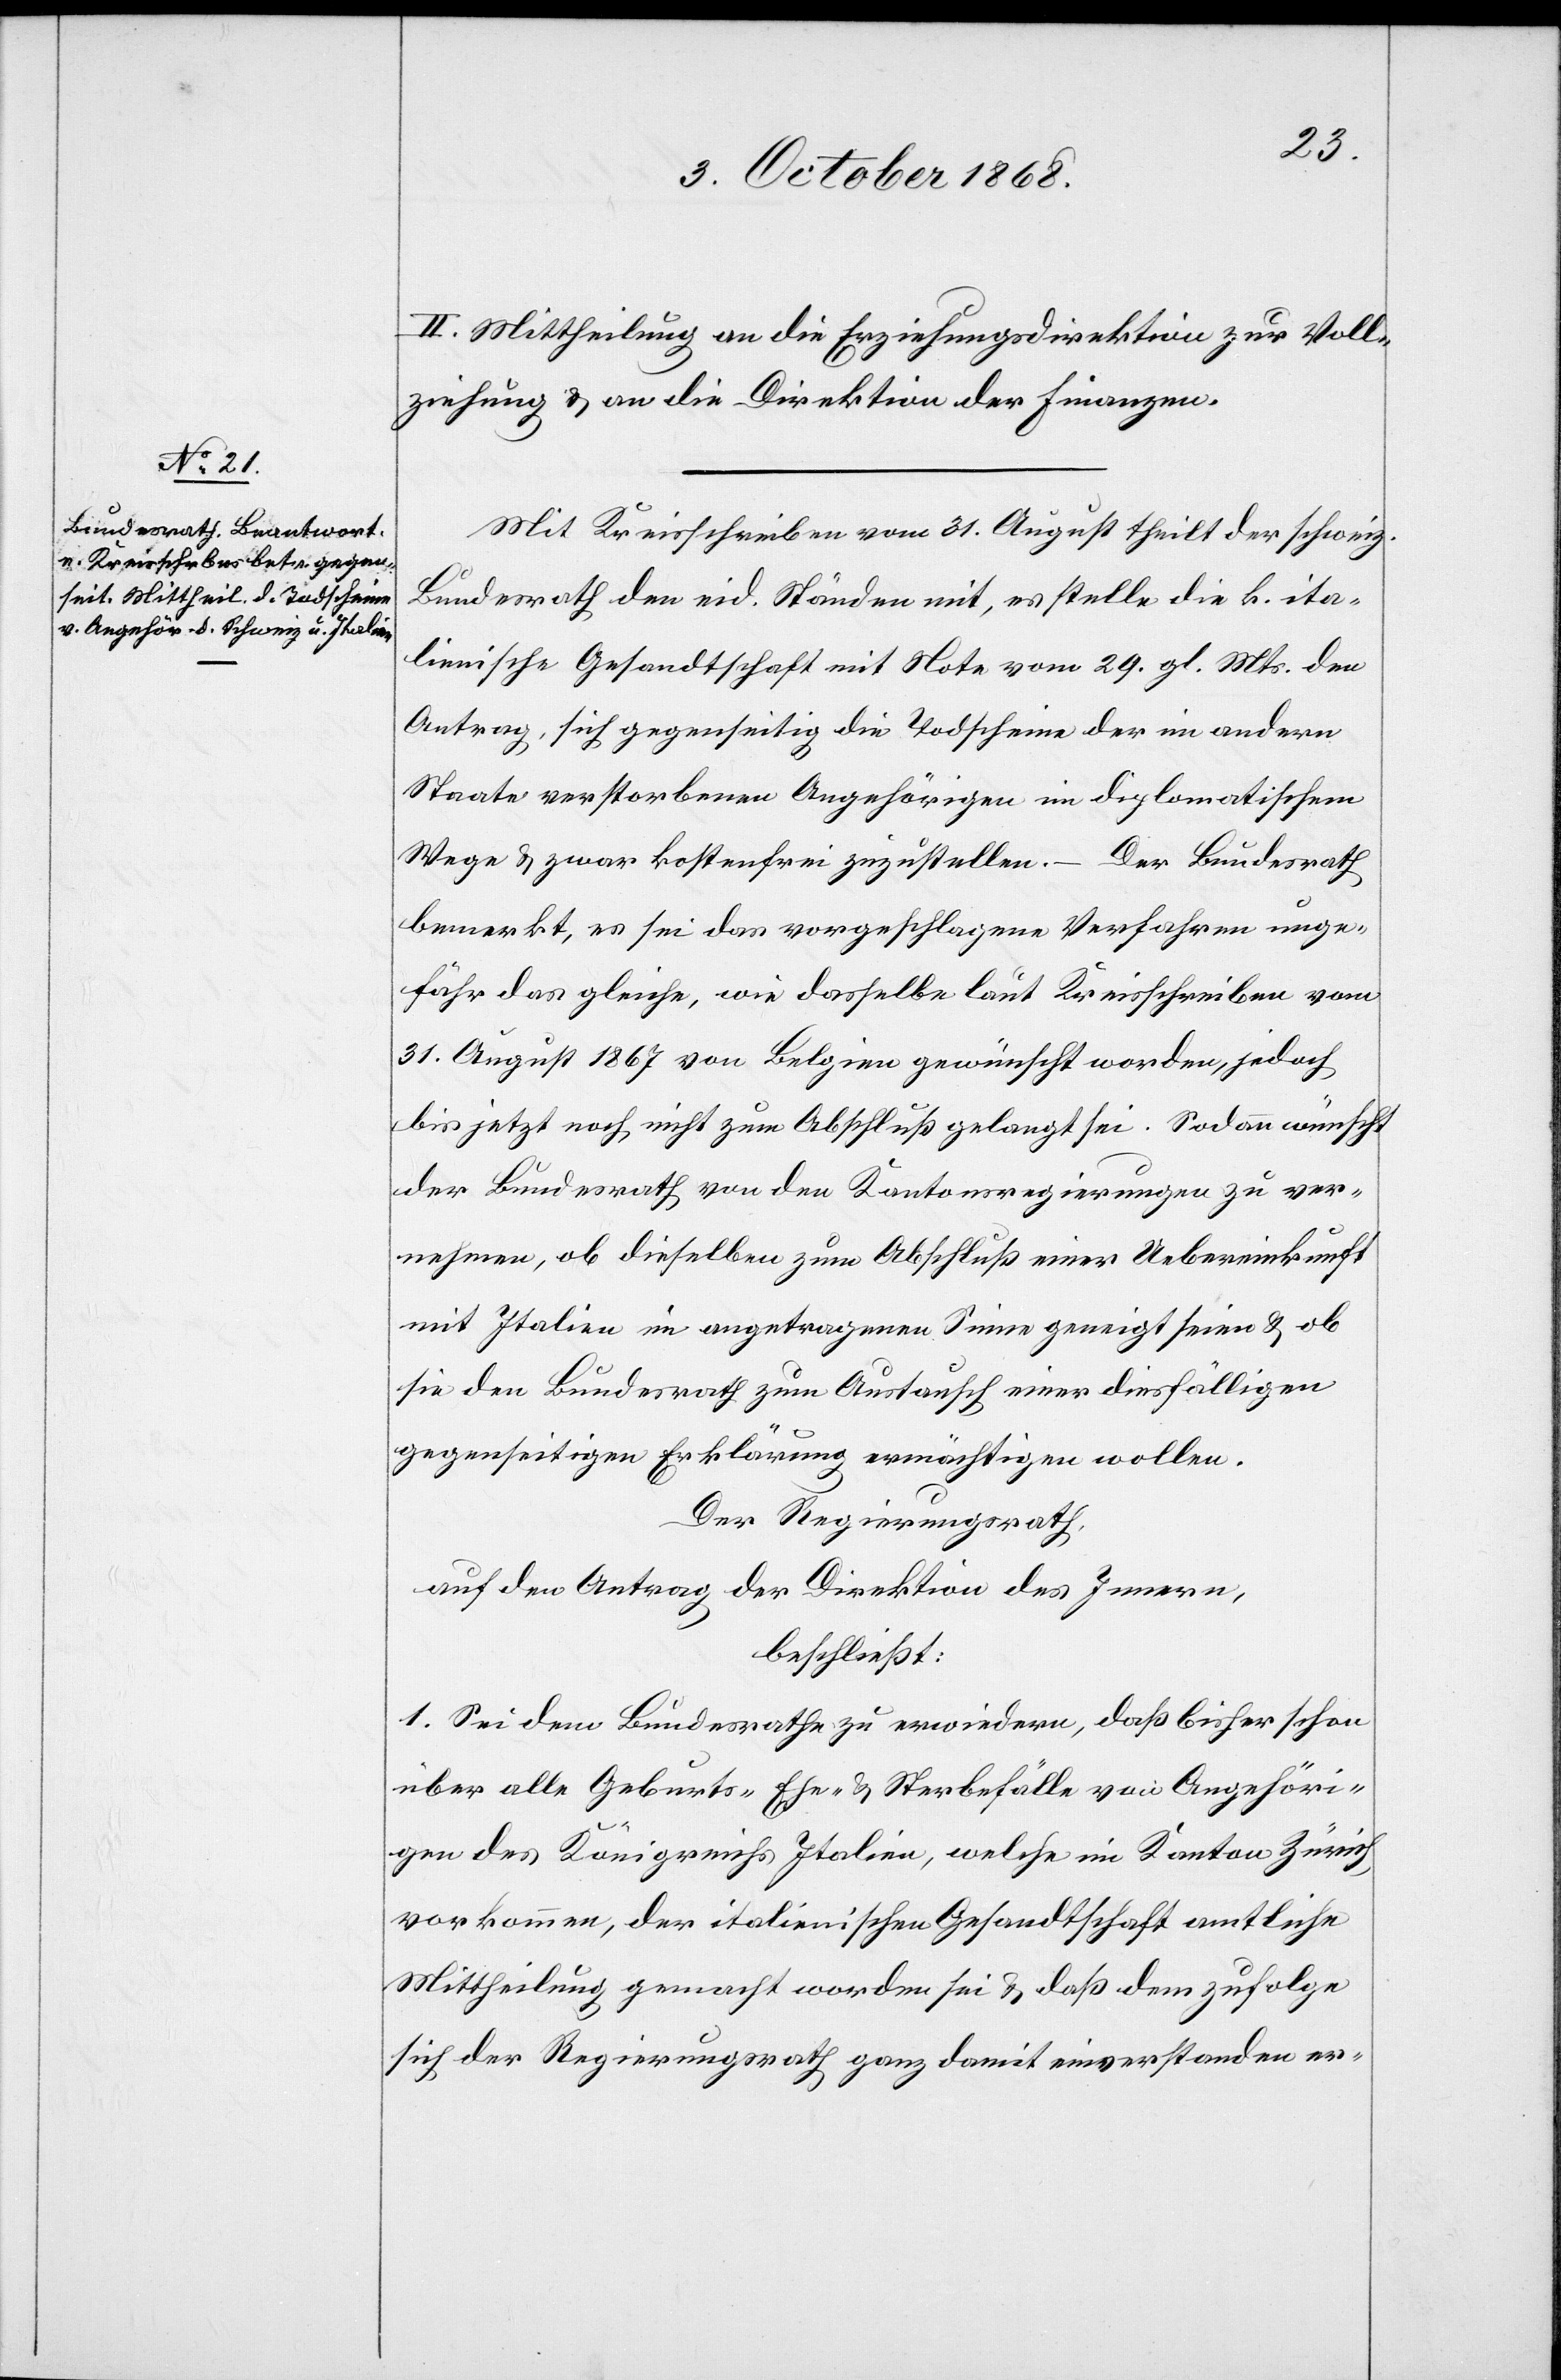
2.] Mittheilung an die Erziehungsdirektion zur Voll¬
ziehung & an die Direktion der Finanzen.
Mit Kreisschreiben vom 31. August theilt der schweiz.
Bundesrath den eid. Ständen mit, es stelle die k. ita¬
lienische Gesandtschaft mit Note vom 29. gl. Mts. den
Antrag, sich gegenseitig die Todscheine der im andern
Staate verstorbenen Angehörigen im diplomatischem
Wege & zwar kostenfrei zuzustellen. – Der Bundesrath
bemerkt, es sei das vorgeschlagene Verfahren unge¬
fähr das gleiche, wie dasselbe laut Kreisschreiben vom
31. August 1867 von Belgien gewünscht worden, jedoch
bis jetzt noch nicht zum Abschluß gelangt sei. Sodann wünscht
der Bundesrath von den Kantonsregierungen zu ver¬
nehmen, ob dieselben zum Abschluß einer Uebereinkunft
mit Italien im angetragenen Sinne geneigt seien & ob
sie den Bundesrath zum Austausch einer diesfälligen
gegenseitigen Erklärung ermächtigen wollen.
Der Regierungsrath,
auf den Antrag der Direktion des Innern,
beschließt:
1. Sei dem Bundesrathe zu erwiedern, daß bisher schon
über alle Geburts-[,] Ehe- & Sterbefälle von Angehöri¬
gen des Königreichs Italien, welche im Kanton Zürich
vorkommen, der italienischen Gesandtschaft amtliche
Mittheilung gemacht worden sei & daß dem zufolge
sich der Regierungsrath ganz damit einverstanden er-